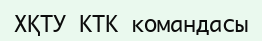
ХҚТУ КТК командасы